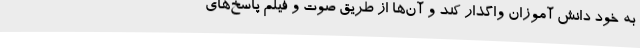
به خود دانش آموزان واگذار کند و آن‌ها از طریق صوت و فیلم پاسخ‌های